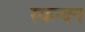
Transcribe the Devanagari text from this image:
स्कन्दन